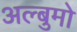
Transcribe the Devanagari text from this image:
अल्बुमो